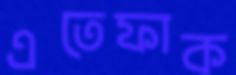
এতেফাক